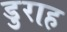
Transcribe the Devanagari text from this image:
डुराह